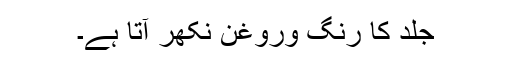
جلد کا رنگ وروغن نکھر آتا ہے۔